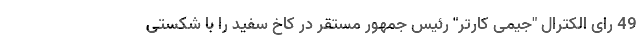
49 رای الکترال "جیمی کارتر" رئیس جمهور مستقر در کاخ سفید را با شکستی